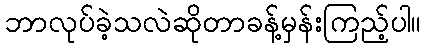
ဘာလုပ်ခဲ့သလဲဆိုတာခန့်မှန်းကြည့်ပါ။